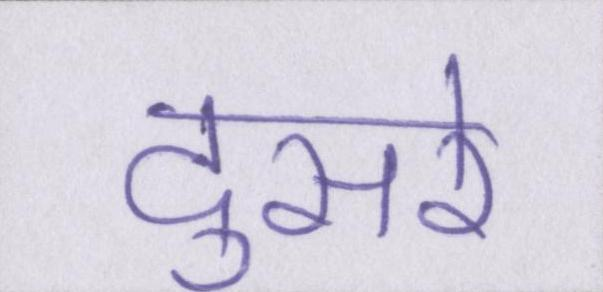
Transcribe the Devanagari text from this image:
दुसरे